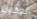
العقارب